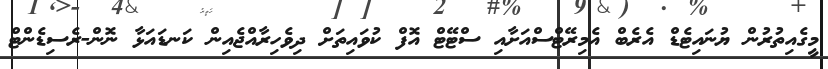
މީގެއިތުރުން ޔުނައިޓެޑް އެރެބް އެމިރޭޓްސްއަށާއި ސްޓޭޓް އޮފް ކުވައިތަށް ދިވެހިރާއްޖެއިން ކަނޑައަޅާ ނޮން-ރެސިޑެންޓް